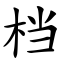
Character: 档